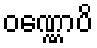
ဝဏ္ဏောပိ